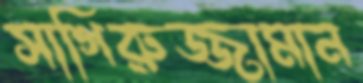
সাগিরুজ্জামান